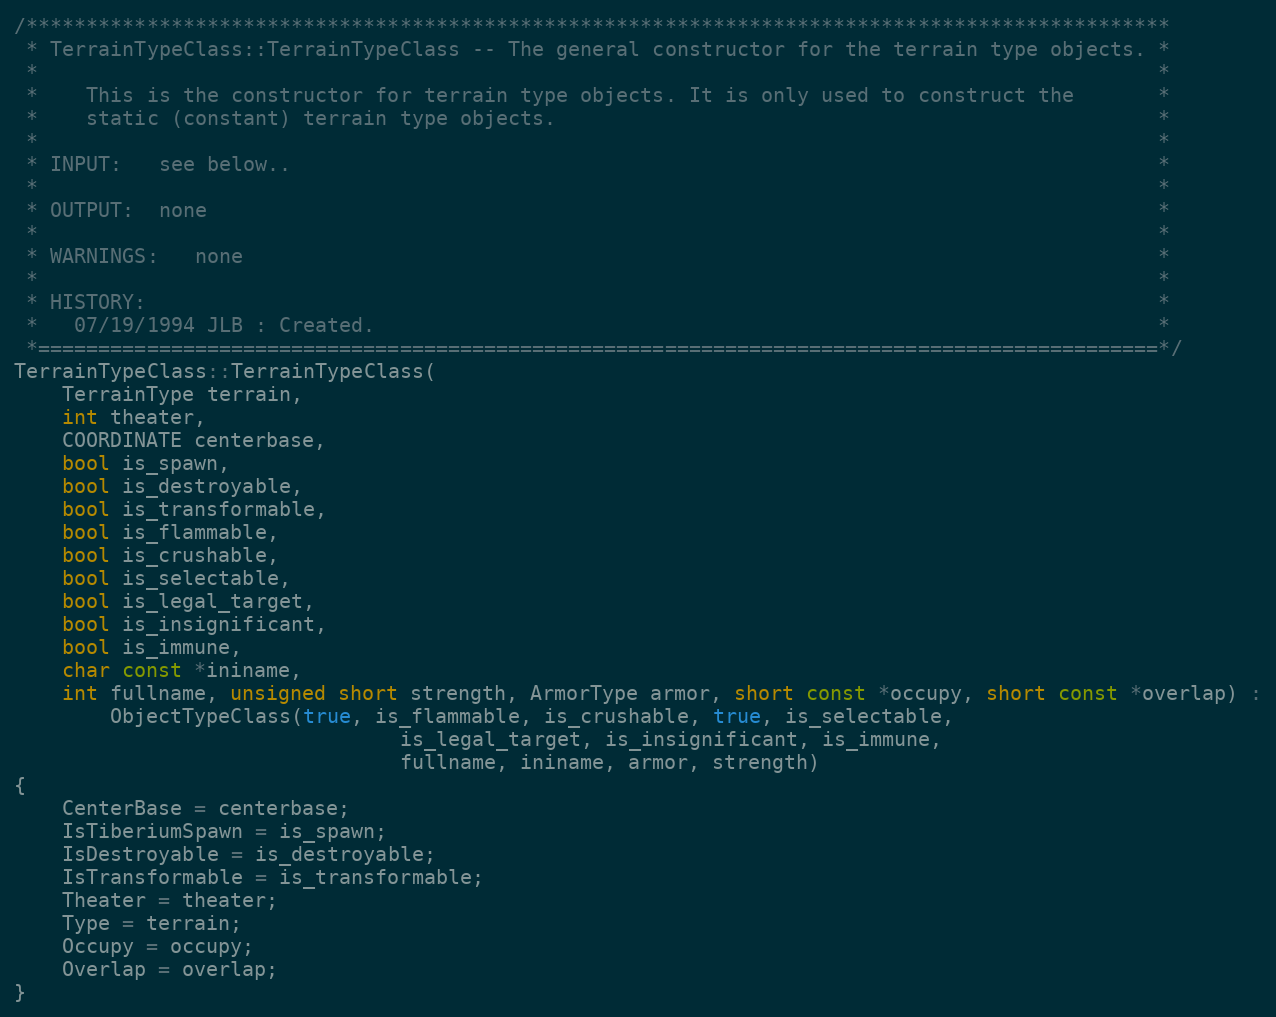
Language: C++
/***********************************************************************************************
 * TerrainTypeClass::TerrainTypeClass -- The general constructor for the terrain type objects. *
 *                                                                                             *
 *    This is the constructor for terrain type objects. It is only used to construct the       *
 *    static (constant) terrain type objects.                                                  *
 *                                                                                             *
 * INPUT:   see below..                                                                        *
 *                                                                                             *
 * OUTPUT:  none                                                                               *
 *                                                                                             *
 * WARNINGS:   none                                                                            *
 *                                                                                             *
 * HISTORY:                                                                                    *
 *   07/19/1994 JLB : Created.                                                                 *
 *=============================================================================================*/
TerrainTypeClass::TerrainTypeClass(
	TerrainType terrain,
	int theater,
	COORDINATE centerbase,
	bool is_spawn,
	bool is_destroyable,
	bool is_transformable,
	bool is_flammable,
	bool is_crushable,
	bool is_selectable,
	bool is_legal_target,
	bool is_insignificant,
	bool is_immune,
	char const *ininame,
	int fullname, unsigned short strength, ArmorType armor, short const *occupy, short const *overlap) :
		ObjectTypeClass(true, is_flammable, is_crushable, true, is_selectable,
								is_legal_target, is_insignificant, is_immune,
								fullname, ininame, armor, strength)
{
	CenterBase = centerbase;
	IsTiberiumSpawn = is_spawn;
	IsDestroyable = is_destroyable;
	IsTransformable = is_transformable;
	Theater = theater;
	Type = terrain;
	Occupy = occupy;
	Overlap = overlap;
}